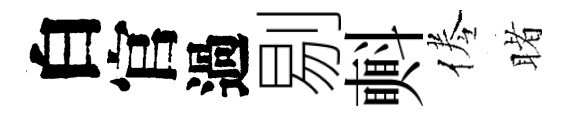
白官過剔㪺倦睹